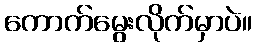
ကောက်မွေးလိုက်မှာပဲ။